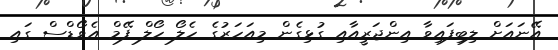
އޭނައަށް ލިބިފައިވާ އިންޖަރީއާއި ގުޅިގެން މިއަހަރުގެ ހެލޯ ހޯލް ފޭމް އެވޯޑްސް ގައި